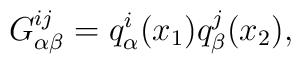
G_{\alpha \beta}^{i j} = q_{\alpha}^{i} (x_{1}) q_{\beta}^{j} (x_{2}) ,